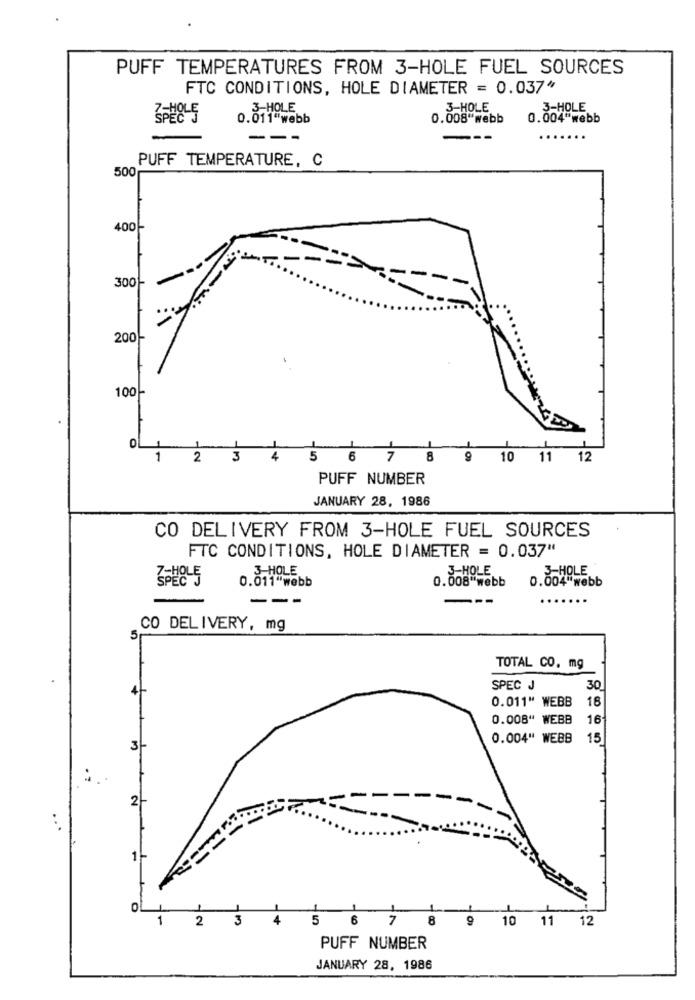
PUFF TEMPERATURES FROM 3-HOLE FUEL SOURCES
FTC CONDITIONS, HOLE DIAMETER = 0.037"
3-HOLE
3-HOLE
3-HOLE
0.011"webb
0.008"webb
0.004"webb
---
---
..
PUFF TEMPERATURE, C
500
400
3001
-
2001-
100
OL 1
1
2
3
4
5 6 7 8 9
10 11 12
PUFF NUMBER
JANUARY 28, 1986
CO DELIVERY FROM 3-HOLE FUEL SOURCES
FTC CONDITIONS, HOLE DIAMETER = 0.037"
SPEC
0.011"webb
0.008 webb
0.004 webb
---
--
CO DELIVERY, mg
5
TOTAL CO. mg
SPEC J
30
0.011" WEBB
16
0.008" WEBB
16
0.004" WEBB
15
3
2
1
0
1
2
3
4
5
7
8
9 10 11 12
PUFF NUMBER
JANUARY 28, 1986